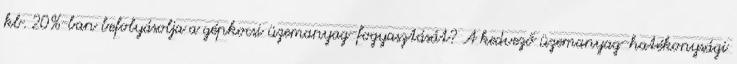
kb. 20%-ban befolyásolja a gépkocsi üzemanyag-fogyasztását? A kedvező üzemanyag-hatékonysági